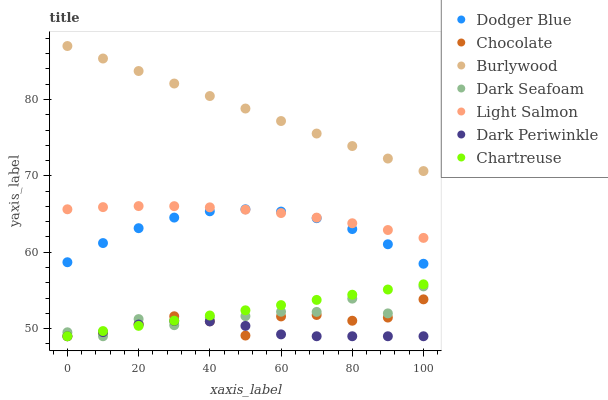
| xaxis_label | Dodger Blue | Chocolate | Burlywood | Dark Seafoam | Light Salmon | Dark Periwinkle | Chartreuse |
 | --- | --- | --- | --- | --- | --- | --- | --- |
 | 0 | 58.7 | 49 | 87 | 49.5 | 65.6 | 49 | 49 |
 | 10 | 61.2 | 49.4 | 85.4 | 49 | 65.9 | 49.5 | 49.7 |
 | 20 | 63.2 | 50.6 | 83.7 | 51.2 | 66 | 50.5 | 50.4 |
 | 30 | 64.5 | 51.6 | 82.1 | 50.4 | 66 | 51 | 51 |
 | 40 | 65.4 | 51 | 80.5 | 51.5 | 65.9 | 50.9 | 51.7 |
 | 50 | 65.6 | 49.1 | 78.8 | 51.6 | 65.6 | 50.4 | 52.4 |
 | 60 | 65.3 | 51.6 | 77.2 | 52.2 | 65.1 | 49.2 | 53.1 |
 | 70 | 64.5 | 51.8 | 75.5 | 52.2 | 64.5 | 49 | 53.8 |
 | 80 | 63 | 51 | 73.9 | 53.9 | 63.8 | 49 | 54.4 |
 | 90 | 61 | 51.4 | 72.3 | 52 | 62.9 | 49 | 55.1 |
 | 100 | 58.5 | 53.8 | 70.6 | 55.5 | 61.9 | 49 | 55.8 |